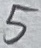
Text: 5